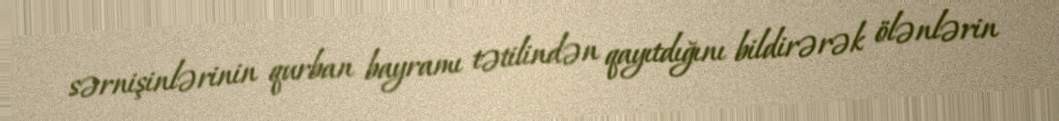
sərnişinlərinin qurban bayramı tətilindən qayıtdığını bildirərək ölənlərin